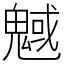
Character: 魊